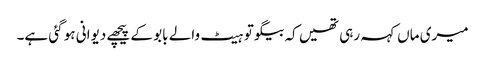
میری ماں کہہ رہی تھیں کہ بیگو تو ہیٹ والے بابو کے پیچھے دیوانی ہو گئی ہے۔